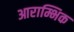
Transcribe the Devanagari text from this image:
आराम्भिक